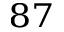
^ { 8 7 }